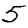
Digit: 5